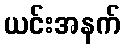
ယင်းအနက်